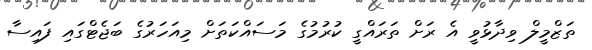
ތަޒްމީލް ވިދާޅުވީ އެ ރަށް ތަރައްގީ ކުރުމުގެ މަސައްކަތަށް މިއަހަރުގެ ބަޖެޓްގައި ފައިސާ